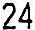
24